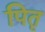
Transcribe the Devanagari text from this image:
पितृ